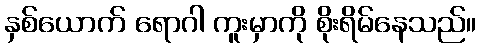
နှစ်ယောက် ရောဂါ ကူးမှာကို စိုးရိမ်နေသည်။